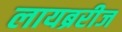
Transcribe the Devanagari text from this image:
लायब्ररीज